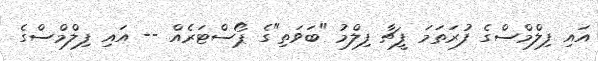
އައި ފިލްމްސްގެ ފުރަތަމަ ފީޗާ ފިލްމު "ބަވަތި"ގެ ޕޯސްޓަރެއް -- އައި ފިލްމްސްގެ